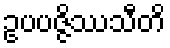
ဥပပဇ္ဇိဿသီတိ